Vaccination North-Western Provinces and Oudh 1878-1895 - 1878-1895
Year: 1878
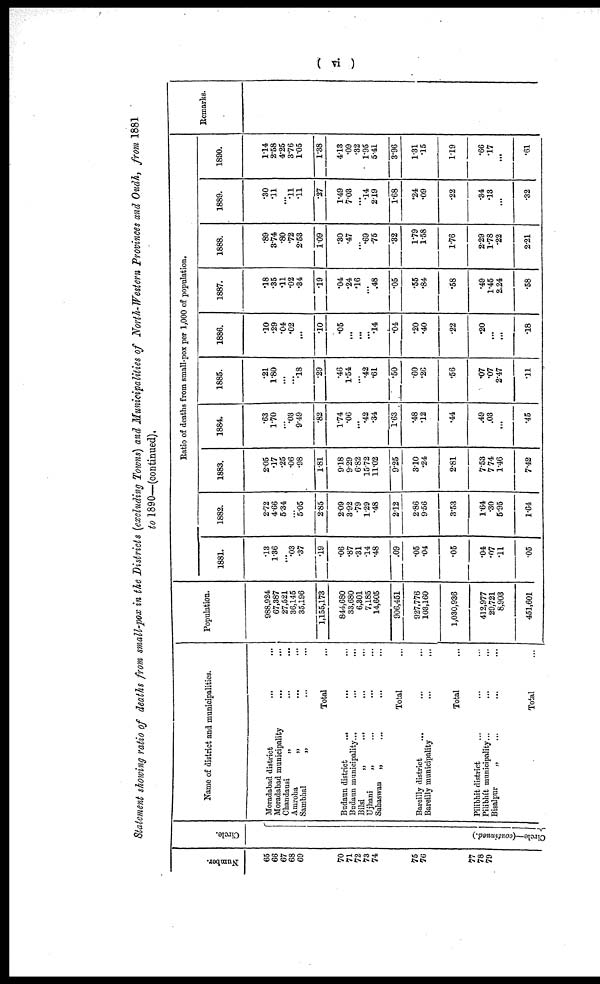
( vi )
Statement showing ratio of deaths from small-pox in the Districts (excluding Towns) and Municipalities of North-Western Provinces and Oudh, from 1881
to 1890—(continued).
Number.
65
66
67
68
69
70
71
72
73
74
75
76
77
78
79
Circle.
Circle—(continued.)
Name of district and municipalities.
Moradabad district ... ...
Moradabad municipality ... ...
Chandausi „ ... ...
Amroha „ ... ...
Sambhal
„
...
...
Total ...
Budaun district „ ... ...
Budaun municipality „ ... ...
Bilsi
„
...
...
Ujhani „ ... ...
Sahaswan
„
...
...
Total ...
Bareilly district „ ... ...
Bareilly municipality „ ... ...
Total ...
Pilibhit district „ ... ...
Pilibhít municipality „ ... ...
Bisalpur „ ... ...
Total ...
Population.
988,924
67,387
27,521
36,145
35,196
1,155,173
844,680
33,680
6,301
7,185
14,605
906,451
927,776
103,160
1,030,936
412,977
29,721
8,903
451,601
Ratio of deaths from small-pox per 1,000 of population.
1881.
.13
1.36
...
.03
.37
.19
.06
.87
.31
.14
.48
.09
.05
.04
.05
.04
.07
.11
.05
1882.
2.72
4.66
5.34
...
5.05
2.85
2.09
3.92
.79
1.29
.48
2.12
2.86
9.56
3.53
1.64
.30
5.95
1.64
1883.
2.05
.17
.25
.06
.98
1.81
9.18
9.29
6.82
15.72
11.02
9.25
3.10
.24
2.81
7.53
7.74
1.46
7.42
1884.
.63
1.70
...
.03
9.49
.82
1.74
.06
...
.42
.34
1.63
.48
.12
.44
.49
.03
...
.45
1885.
.21
1.80
...
...
.18
.29
.46
1.54
...
.42
.61
.50
.60
.26
.56
.07
.07
2.47
.11
1886.
.10
.29
.04
.02
...
.10
.05
...
...
...
.14
.04
.20
.40
.22
.20
...
...
.18
1887.
.18
.35
.11
.02
.34
.19
.04
.24
.16
...
.48
.05
.55
.84
.58
.49
1.45
2.24
.58
1888.
.89
3.74
.80
.72
2.53
1.09
.30
.47
...
.69
.75
.32
1.79
1.58
1.76
2.29
1.78
.22
2.21
1889.
.30
.11
...
.11
.11
.27
1.49
7.03
...
.14
2.19
1.68
.24
.09
.22
.34
.13
...
.32
1890.
1.14
2.58
4.25
3.76
1.05
1.38
4.13
.09
.32
1.95
5.41
3.96
1.31
.15
1.19
.66
.17
...
.61
Remarks.